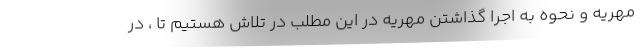
مهریه و نحوه به اجرا گذاشتن مهریه در این مطلب در تلاش هستیم تا ، در